King Institute of Preventive Medicine Micro-Biological Section reports 1912-19
Year: 1912
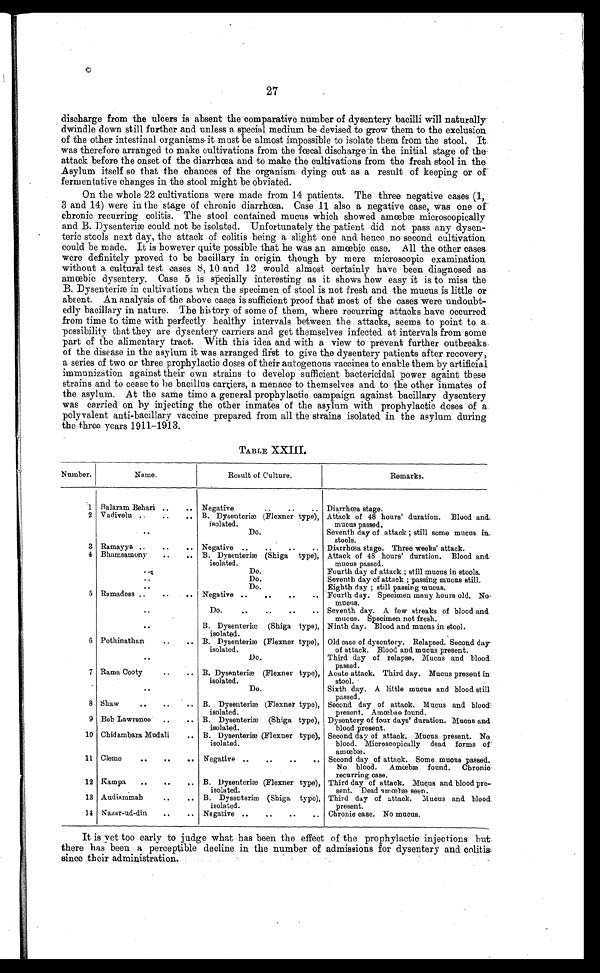
27
discharge from the ulcers is absent the comparative number of dysentery bacilli will naturally
dwindle down still further and unless a special medium be devised to grow them to the exclusion
of the other intestinal organisms-it must be almost impossible to isolate them from the stool. It
was therefore arranged to make cultivations from the fœcal discharge in the initial stage of the
attack before the onset of the diarrhœa and to make the cultivations from the fresh stool in the
Asylum itself so that the chances of the organism dying out as a result of keeping or of
fermentative changes in the stool might be obviated.
On the whole 22 cultivations were made from 14 patients. The three negative cases (1,
3 and 14) were in the stage of chronic diarrhœa. Case 11 also a negative case, was one of
chronic recurring colitis. The stool contained mucus which showed amœbæ microscopically
and B. Dysenteriæ could not be isolated. Unfortunately the patient did not pass any dysen
-
teric stools next day, the attack of colitis being a slight one and hence no second cultivation
could be made. It is however quite possible that he was an amœbic case. All the other cases
were definitely proved to be bacillary in origin though by mere microscopic examination
without a cultural test cases 8, 10 and 12 would almost certainly have been diagnosed as
amœbic dysentery. Case 5 is specially interesting as it shows how easy it is to miss the
B. Dysenteriæ in cultivations when the specimen of stool is not fresh and the mucus is little or
absent. An analysis of the above cases is sufficient proof that most of the cases were undoubt
-
edly bacillary in nature. The history of some of them, where recurring attacks have occurred
from time to time with perfectly healthy intervals between the attacks, seems to point to a
possibility that they are dysentery carriers and get themselves infected at intervals from some
part of the alimentary tract. With this idea and with a view to prevent further outbreaks
of the disease in the asylum it was arranged first to give the dysentery patients after recovery,
a series of two or three prophylactic doses of their autogenous vaccines to enable them by artificial
immunization against their own strains to develop sufficient bactericidal power againt these
strains and to cease to be bacillus carriers, a menace to themselves and to the other inmates of
the asylum. At the same time a general prophylactic campaign against bacillary dysentery
was carried on by injecting the other inmates of the asylum with prophylactic doses of a
polyvalent anti-bacillary vaccine prepared from all the strains isolated in the asylum during
the three years 1911-1913.
TABLE XXIII.
Number.
Name.
Result of Culture.
Remarks.
1 Balaram Behari . . .
Negative . . .
Diarrhœa stage.
2 Vadivelu . . .
B. Dysenteriæ (Flexner type),
isolated.
Attack of 48 hours' duration. Blood and
mucus passed.
. . .
Do.
Seventh day of attack ; still some mucus in
stools.
3 Ramayya . . .
Negative . . . Diarrhœa stage. Three weeks' attack.
4 Bhamsamony . . . B.Dysenteriæ (Shiga type),
isolated.
Attack of 48 hours' duration. Blood and
mucus passed.
. . .
Do.
Fourth day of attack ; still mucus in stools.
. . .
Do.
Seventh day of attack ; passing mucus still.
. . .
Do.
Eighth day ; still passing mucus.
5 Ramadoss . . . Negative . . . Fourth day. Specimen many hours old. No.
mucus.
. . . Do. . . . Seventh day. A few streaks of blood and
mucus. Specimen not fresh.
. . .
B. Dysenteriæ (Shiga type),
isolated.
Ninth day. Blood and mucus in stool.
6 Pothinathan . . . B. Dysenteriæ (Flexner type),
isolated.
Old case of dysentery. Relapsed. Second day
of attack. Blood and mucus present.
. . .
Do.
Third day of relapse. Mucus and blood
passed.
7 Rama Cooty . . . B. Dysenteriæ (Flexner type),
isolated.
Acute attack. Third day. Mucus present in
stool.
. . .
Do.
Sixth day. A little mucus and blood still
passed.
8 Shaw . . .
B. Dysenteriæ (Flexner type),
isolated.
Second day of attack. Mucus and blood
present. Amœbae found.
9 Bob Lawrence . . .
B. Dysenteriæ (Shiga type),
isolated.
Dysentery of four days' duration. Mucus and
blood present.
10 Chidambara Mudali . . . B. Dysenteriæ (Flexner type),
isolated.
Second day of attack. Mucus present. No
blood. Microscopically dead forms of
amœbæ.
11 Clemo . . . Negative . . . Second day of attack. Some mucus passed.
No blood. Amœbæ found.
Chronic
recurring case.
12 Kampa . . .
B. Dysenteriæ (Flexner type),
isolated.
Third day of attack. Mucus and blood pre
-
sent. Dead amœbæ
seen.
13 Audiammah . . . B. Dysenteriæ (Shiga type),
isolated.
Third day of attack. Mucus and blood
present.
14 Nazar-ud-din . . . Negative . . . Chronic case. No mucus.
It is yet too early to judge what has been the effect of the prophylactic injections but
there has been a perceptible decline in the number of admissions for dysentery and colitis
since their administration.